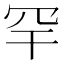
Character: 罕